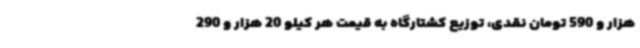
هزار و 590 تومان نقدی، توزیع کشتارگاه به قیمت هر کیلو 20 هزار و 290